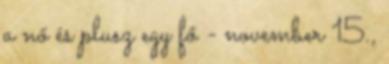
a nő és plusz egy fő - november 15.,